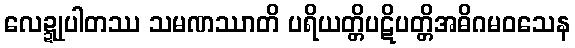
လေဍ္ဍုပါတဿ သမဏဿာတိ ပရိယတ္တိပဋိပတ္တိအဓိဂမဝသေန